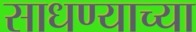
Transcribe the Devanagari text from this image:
साधण्याच्या